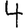
Digit: 4